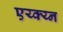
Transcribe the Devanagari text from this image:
एय्क्य्न